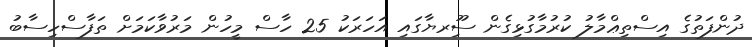
ދުންފަތުގެ އިސްތިޢްމާލު ކުރުމާގުޅިގެން ސޫިރޔާގައި އަހަރަކު 25 ހާސް މީހުން މަރުވާކަމަށް ތަފާސްހިސާބު